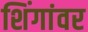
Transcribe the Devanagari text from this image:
शिंगांवर